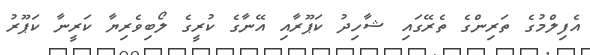
އެފިލްމުގެ ތަރިންގެ ތެރޭގައި ޝާހިދު ކަޕޫރާއި އޭނާގެ ކުރީގެ ލޯބިވެރިޔާ ކަރީނާ ކަޕޫރު